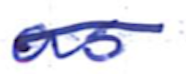
Text: as
Cross-out: single-line
Writing tool: ballpoint